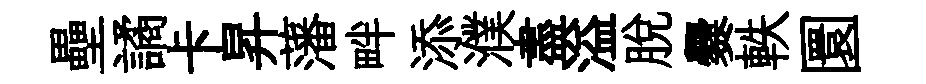
壘譎卡昇藩畔添濮盡溢脫爨軼圜